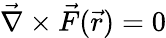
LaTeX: \vec{\nabla}\times\vec{F}(\vec{r})=0